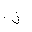
Letter: _lam